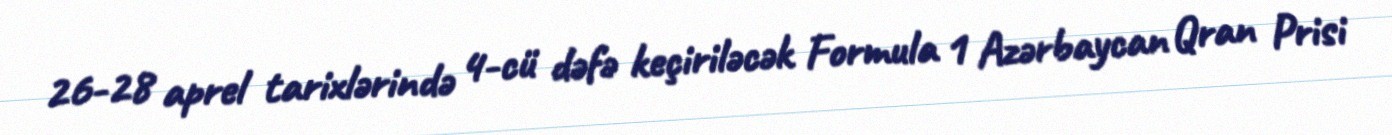
26-28 aprel tarixlərində 4-cü dəfə keçiriləcək Formula 1 Azərbaycan Qran Prisi